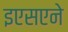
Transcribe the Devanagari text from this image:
इएसएने